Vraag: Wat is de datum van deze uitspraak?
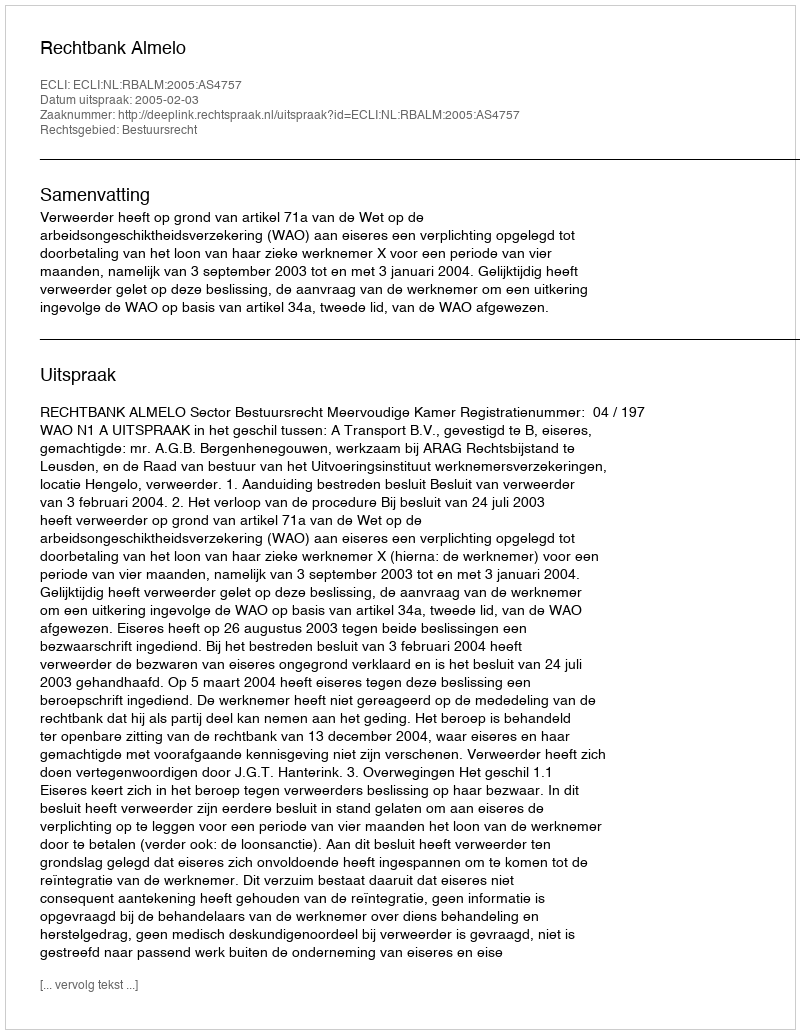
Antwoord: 2005-02-03